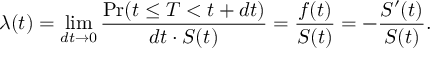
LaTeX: \lambda ( t ) = \operatorname* { l i m } _ { d t \rightarrow 0 } { \frac { \operatorname* { P r } ( t \leq T < t + d t ) } { d t \cdot S ( t ) } } = { \frac { f ( t ) } { S ( t ) } } = - { \frac { S ^ { \prime } ( t ) } { S ( t ) } } .